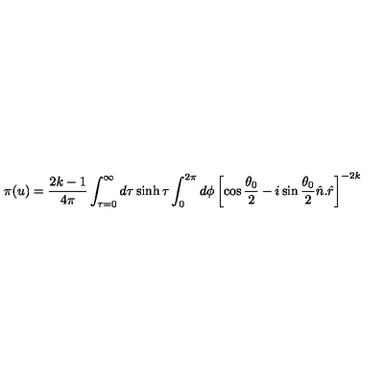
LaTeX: \pi ( u ) = \frac { 2 k - 1 } { 4 \pi } \int _ { \tau = 0 } ^ { \infty } d \tau \sinh \tau \int _ { 0 } ^ { 2 \pi } d \phi \left[ \cos \frac { \theta _ { 0 } } { 2 } - i \sin \frac { \theta _ { 0 } } { 2 } \hat { n } . \hat { r } \right] ^ { - 2 k }